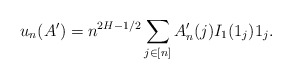
\begin{align*} u_n(A')= n^{2H-1/2} \sum_{j\in[n]} A'_n(j) I_1(1_j) 1_j.\end{align*}